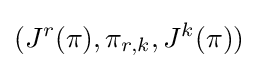
(J^{r}(\pi ),\pi _{r,k},J^{k}(\pi ))